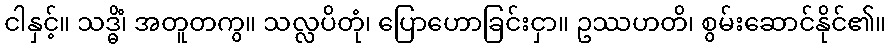
ငါနှင့်။ သဒ္ဓိံ၊ အတူတကွ။ သလ္လပိတုံ၊ ပြောဟောခြင်းငှာ။ ဥဿဟတိ၊ စွမ်းဆောင်နိုင်၏။